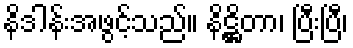
နိဒါန်းအဖွင့်သည်။ နိဋ္ဌိတာ၊ ပြီးပြီ၊